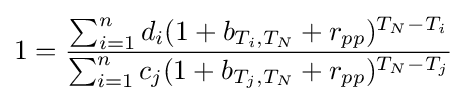
1={\frac {\sum _{i=1}^{n}d_{i}(1+b_{T_{i},T_{N}}+r_{pp})^{T_{N}-T_{i}}}{\sum _{i=1}^{n}c_{j}(1+b_{T_{j},T_{N}}+r_{pp})^{T_{N}-T_{j}}}}